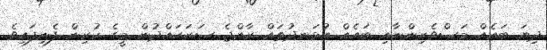
ދިޔަ ބައެއް މަސްވެރިންނާއި ބައެއް އުޅަނދުތައް ރާއްޖެ ސަރަހައްދުން މީގެ ކުރިން ފެނިފައިވެ